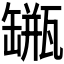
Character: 𦉐